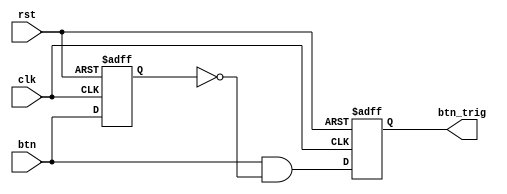
`timescale 1ns / 1ps

module Oneshot_Universal(
    clk, rst, btn, btn_trig
    );

parameter WIDTH = 1;
input clk, rst, btn;
reg [WIDTH-1:0] btn_reg;
output reg [WIDTH-1:0] btn_trig;




always @(negedge rst or posedge clk) begin
    if(!rst) begin
        btn_reg <= {WIDTH{1'b0}};
        btn_trig <= {WIDTH{1'b0}};
    end
    else begin
        btn_reg <= btn;
        btn_trig <= btn & ~btn_reg;
    end
end

endmodule